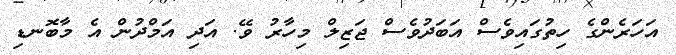
އަހަރެންގެ ހިތުގައިވެސް އަބަދުވެސް ޖަޒިލް މިހާރު ވޭ. އަދި އަމްދުން އެ މާބޮނޑި